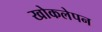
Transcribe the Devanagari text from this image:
खोकलेपन